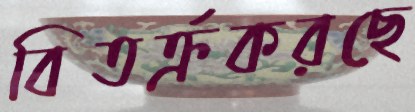
বিতর্ক্রকরছে